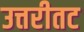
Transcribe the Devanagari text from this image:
उत्तरीतट